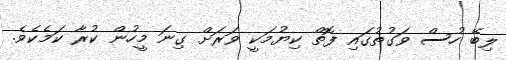
ލިބޭ ހުސް ވަގުތުގައި ފޮތް ކިޔުމަކީ ވަރަށް ގިނަ މީހުން ކުރާ ކަމެކެވެ.